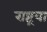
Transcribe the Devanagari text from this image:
राष्ट्रया